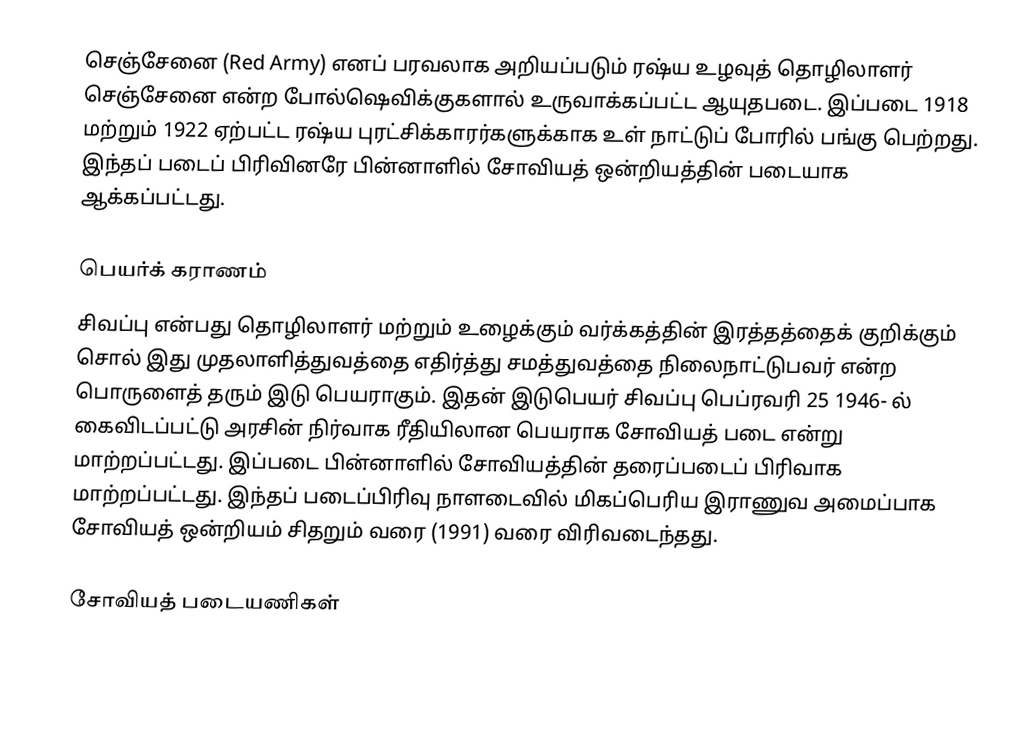
செஞ்சேனை (Red Army) எனப் பரவலாக அறியப்படும் ரஷ்ய உழவுத் தொழிலாளர் செஞ்சேனை என்ற போல்ஷெவிக்குகளால் உருவாக்கப்பட்ட ஆயுதபடை. இப்படை 1918 மற்றும் 1922 ஏற்பட்ட ரஷ்ய புரட்சிக்காரர்களுக்காக உள் நாட்டுப் போரில் பங்கு பெற்றது. இந்தப் படைப் பிரிவினரே பின்னாளில் சோவியத் ஒன்றியத்தின் படையாக ஆக்கப்பட்டது.

பெயர்க் கராணம்
சிவப்பு என்பது தொழிலாளர் மற்றும் உழைக்கும் வர்க்கத்தின் இரத்தத்தைக் குறிக்கும் சொல் இது முதலாளித்துவத்தை எதிர்த்து சமத்துவத்தை நிலைநாட்டுபவர் என்ற பொருளைத் தரும் இடு பெயராகும்.  இதன் இடுபெயர் சிவப்பு பெப்ரவரி 25 1946- ல் கைவிடப்பட்டு அரசின் நிர்வாக ரீதியிலான பெயராக சோவியத் படை என்று மாற்றப்பட்டது. இப்படை பின்னாளில் சோவியத்தின் தரைப்படைப் பிரிவாக மாற்றப்பட்டது. இந்தப் படைப்பிரிவு நாளடைவில் மிகப்பெரிய இராணுவ அமைப்பாக சோவியத் ஒன்றியம் சிதறும் வரை (1991) வரை விரிவடைந்தது.

சோவியத் படையணிகள்